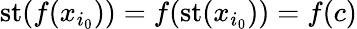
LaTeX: \mathrm{{st}}(f(x_{i_{0}}))=f(\mathrm{{st}}(x_{i_{0}}))=f(c)